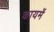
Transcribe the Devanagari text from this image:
कायमें